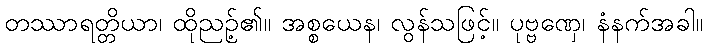
တဿာရတ္တိယာ၊ ထိုညဉ့်၏။ အစ္စယေန၊ လွန်သဖြင့်။ ပုဗ္ဗဏှေ၊ နံနက်အခါ။